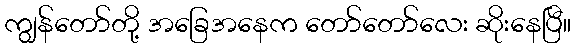
ကျွန်တော်တို့ အခြေအနေက တော်တော်လေး ဆိုးနေပြီ။